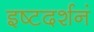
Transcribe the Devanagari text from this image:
इष्टदर्शनं